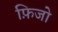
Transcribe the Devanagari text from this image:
फ़िजो